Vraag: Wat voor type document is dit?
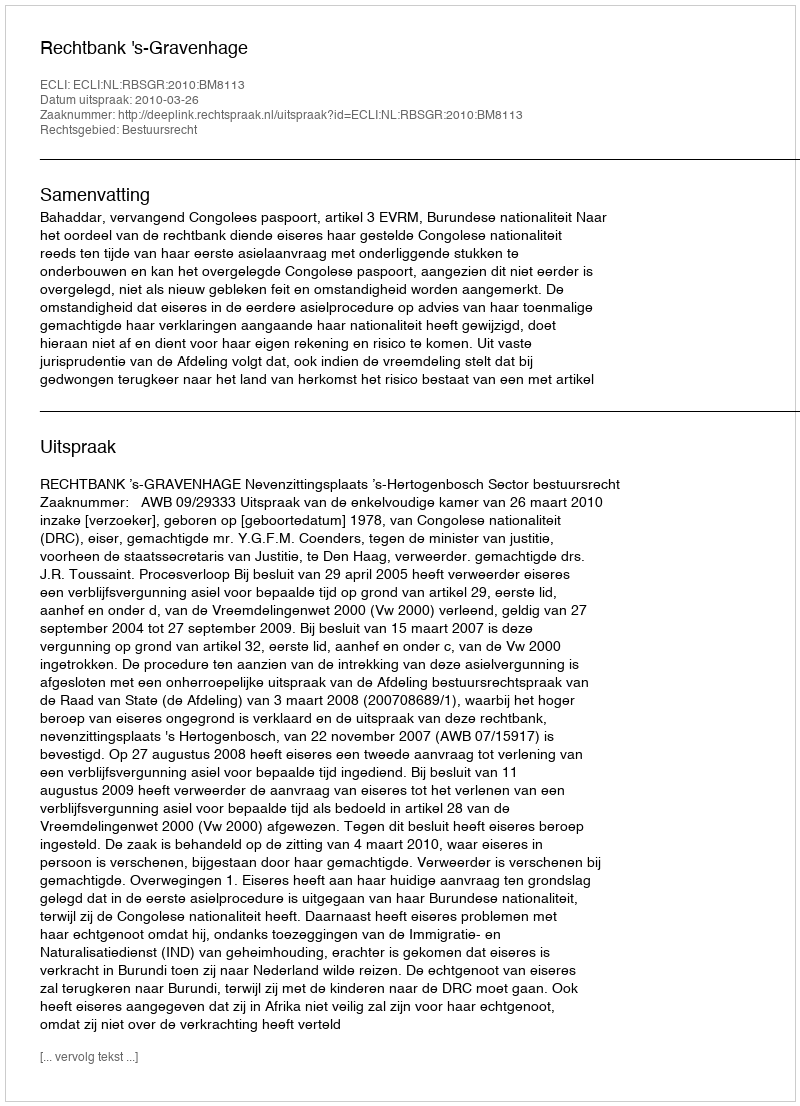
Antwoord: Uitspraak